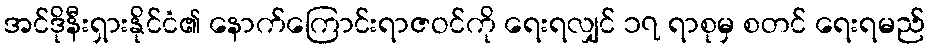
အင်ဒိုနီးရှားနိုင်ငံ၏ နောက်ကြောင်းရာဇဝင်ကို ရေးရလျှင် ၁၇ ရာစုမှ စတင် ရေးရမည်